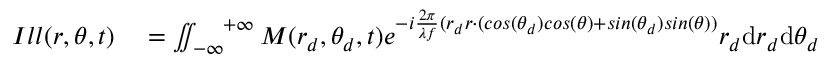
\begin{array} { r l } { I l l ( r , \theta , t ) } & { { } = \iint _ { - \infty } ^ { \ \ \ + \infty } M ( r _ { d } , \theta _ { d } , t ) e ^ { - i \frac { 2 \pi } { \lambda f } ( r _ { d } r \cdot ( c o s ( \theta _ { d } ) c o s ( \theta ) + s i n ( \theta _ { d } ) s i n ( \theta ) ) } r _ { d } \mathrm { d } r _ { d } \mathrm { d } \theta _ { d } } \end{array}